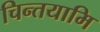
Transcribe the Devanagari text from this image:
चिन्तयामि